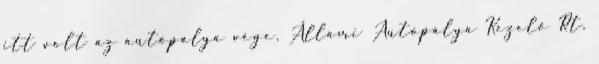
itt volt az autópálya vége. Állami Autópálya Kezelő Rt.